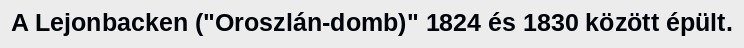
A Lejonbacken ("Oroszlán-domb)" 1824 és 1830 között épült.